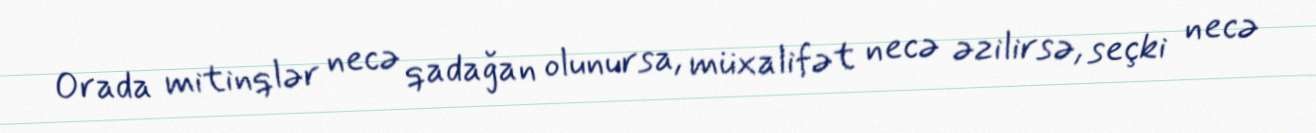
Orada mitinqlər necə qadağan olunursa, müxalifət necə əzilirsə, seçki necə